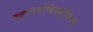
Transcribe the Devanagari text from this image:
षट्पदकोकिलकूजितम्